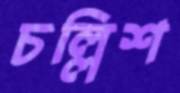
চল্লিশ